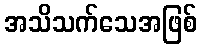
အသိသက်သေအဖြစ်